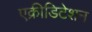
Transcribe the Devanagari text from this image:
एक्रीडिटेशन